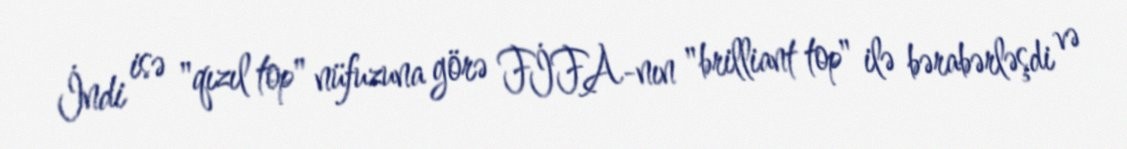
İndi isə "qızıl top" nüfuzuna görə FİFA-nın "brilliant top" ilə bərabərləşdi və